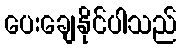
ပေးချေနိုင်ပါသည်